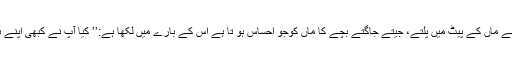
لورکا ایک ہسپانوی شاعر اور ڈرامہ نگار نے ماں کے پیٹ میں پلتے، جیتے جاگتے بچّے کا ماں کوجو احساس ہو تا ہے اس کے بارے میں لکھا ہے:’’ کیا آپ نے کبھی اپنے ہاتھوں میں ایک جیتا جاگتا کبوتر پکڑا ہے؟